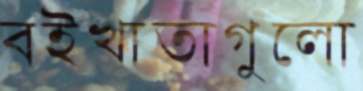
বইখাতাগুলো